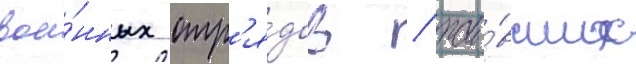
вое́нных отр'я́дов / жи́вших